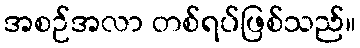
အစဉ်အလာ တစ်ရပ်ဖြစ်သည်။